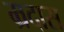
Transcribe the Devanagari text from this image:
म्रदास